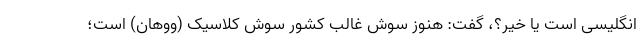
انگلیسی است یا خیر؟، گفت: هنوز سوش غالب کشور سوش کلاسیک (ووهان) است؛